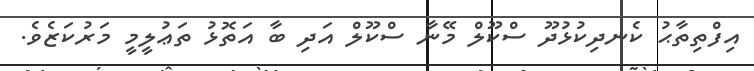
އިފްތިތާޙު ކެނދިކުޅުދޫ ސްކޫލް މޭނާ ސްކޫލް އަދި ބާ އަތޮޅު ތަޢުލީމީ މަރުކަޒެވެ.